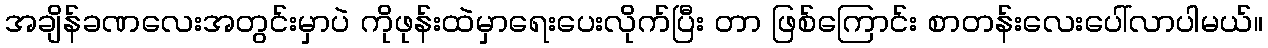
အချိန်ခဏလေးအတွင်းမှာပဲ ကိုဖုန်းထဲမှာရေးပေးလိုက်ပြီး တာ ဖြစ်ကြောင်း စာတန်းလေးပေါ်လာပါမယ်။